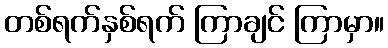
တစ်ရက်နှစ်ရက် ကြာချင် ကြာမှာ။